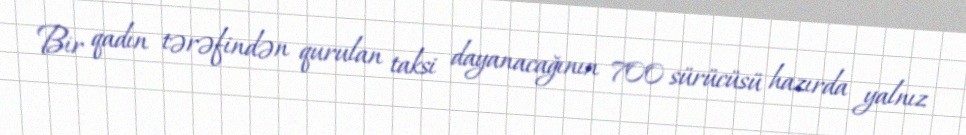
Bir qadın tərəfindən qurulan taksi dayanacağının 700 sürücüsü hazırda yalnız